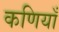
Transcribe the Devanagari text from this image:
कणियाँ